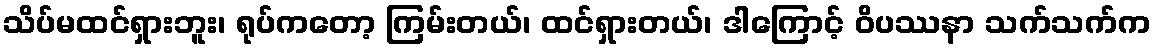
သိပ်မထင်ရှားဘူး၊ ရုပ်ကတော့ ကြမ်းတယ်၊ ထင်ရှားတယ်၊ ဒါကြောင့် ဝိပဿနာ သက်သက်က